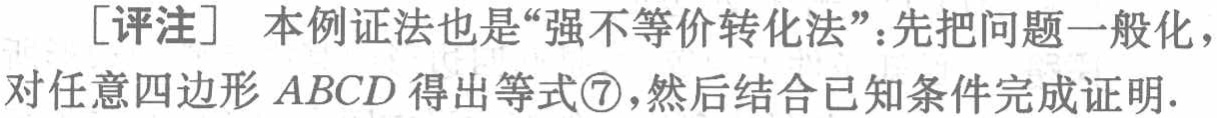
[评注] 本例证法也是“强不等价转化法”：先把问题一般化，对任意四边形 \(ABCD\) 得出等式\(\textcircled{7}\)，然后结合已知条件完成证明.